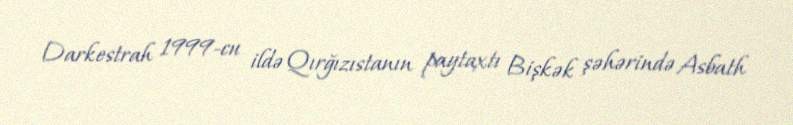
Darkestrah 1999-cu ildə Qırğızıstanın paytaxtı Bişkək şəhərində Asbath